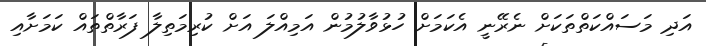
އަދި މަސައްކަތްތަކަށް ނެރޭނީ އެކަމަށް ހުޅުވާލުމުން އަމިއްލަ އަށް ކުރިމަތިލާ ފަރާތްތައް ކަމަށާއި